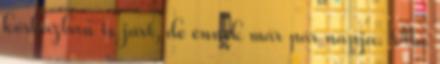
kórházban is járt, de ennek már pár napja. Ma